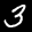
Label: 3